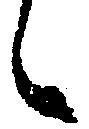
候